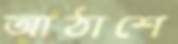
আঠাশে